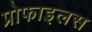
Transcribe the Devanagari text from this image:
प्रोफाइलस